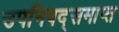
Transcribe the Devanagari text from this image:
उपनिषद्समाप्त